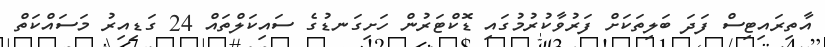
އާތިރައިޓިސް ފަދަ ބަލިތަކަށް ފަރުވާކުރުމުގައި ޑޮކްޓަރުން ހަށިގަނޑުގެ ސައިކަލްތައް 24 ގަޑިއިރު މަސައްކަތް